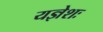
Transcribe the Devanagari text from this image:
यज्ञेशः